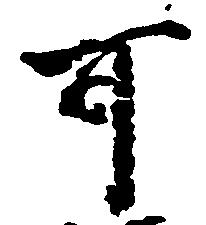
可